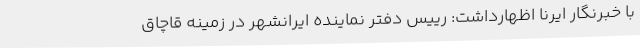
با خبرنگار ایرنا اظهارداشت: رییس دفتر نماینده ایرانشهر در زمینه قاچاق